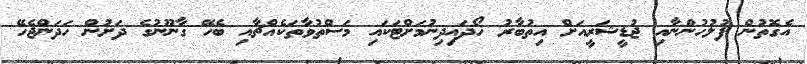
އެގޮތުން ފުލުހުންނާއި ޖުޑީޝަރީއަށް އިތުބާރު ހޯދައިދިނުމަށްޓަކައި މަސްތުވާތަކެއްޗާއި ބެހޭ ގާނޫނުގެ ދަށުން ހަދަންޖެހޭ